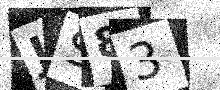
Text: JS83